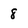
Character: 8